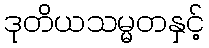
ဒုတိယသမ္မတနှင့်